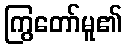
ကြွတော်မူ၏